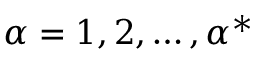
{ \alpha } = 1 , 2 , \dots , { \alpha } ^ { * }